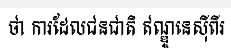
ថា ការដែលជនជាតិ ឥណ្ឌូនេស៊ីពីរ